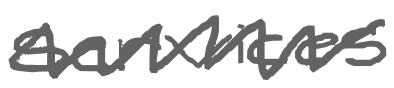
Text: services
Cross-out: zig-zag
Writing tool: digital_gray